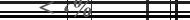
٥٣